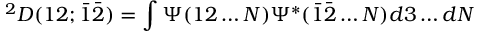
^ { 2 } D ( 1 2 ; { \bar { 1 } } { \bar { 2 } } ) = \int { \Psi ( 1 2 \ldots N ) \Psi ^ { * } ( { \bar { 1 } } { \bar { 2 } } \ldots N ) d 3 \ldots d N }